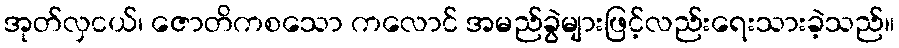
အုတ်လှငယ်၊ ဇောတိကစသော ကလောင် အမည်ခွဲများဖြင့်လည်းရေးသားခဲ့သည်။